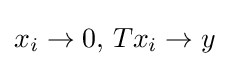
x_{i}\to 0,\,Tx_{i}\to y